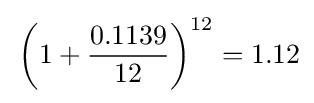
\,\left(1+{\frac {0.1139}{12}}\right)^{12}=1.12